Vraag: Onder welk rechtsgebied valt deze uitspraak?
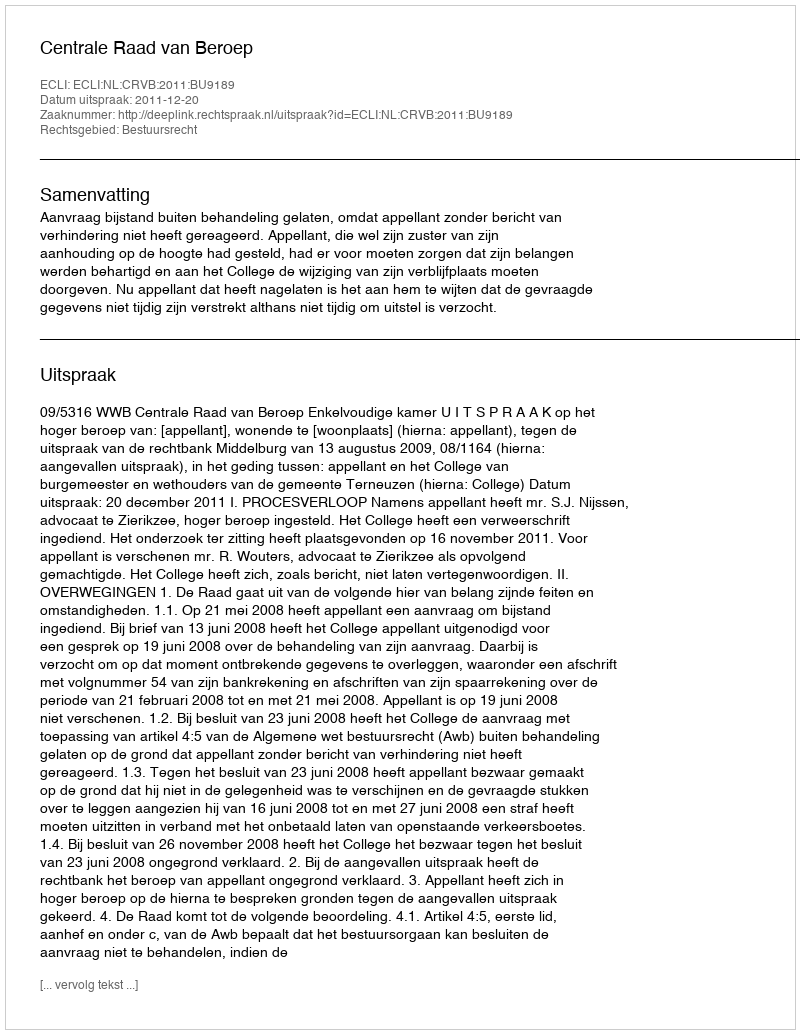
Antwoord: Bestuursrecht